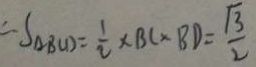
\therefore S _ { \Delta } B C D = \frac { 1 } { 2 } \times B C \times B D = \frac { \sqrt { 3 } } { 2 }